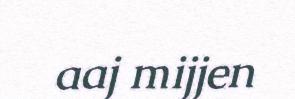
aaj mijjen